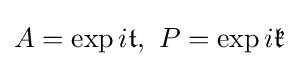
A=\exp i{\mathfrak {t}},\,\,P=\exp i{\mathfrak {k}}